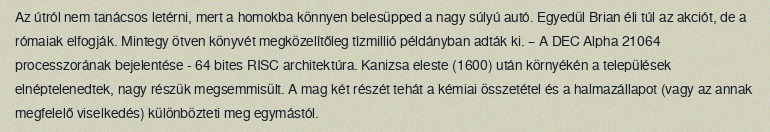
Az útról nem tanácsos letérni, mert a homokba könnyen belesüpped a nagy súlyú autó. Egyedül Brian éli túl az akciót, de a rómaiak elfogják. Mintegy ötven könyvét megközelítőleg tízmillió példányban adták ki. – A DEC Alpha 21064 processzorának bejelentése - 64 bites RISC architektúra. Kanizsa eleste (1600) után környékén a települések elnéptelenedtek, nagy részük megsemmisült. A mag két részét tehát a kémiai összetétel és a halmazállapot (vagy az annak megfelelő viselkedés) különbözteti meg egymástól.